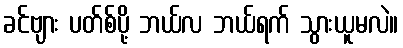
ခင်ဗျား ပတ်စ်ပို့ ဘယ်လ ဘယ်ရက် သွားယူမလဲ။